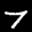
Label: 7